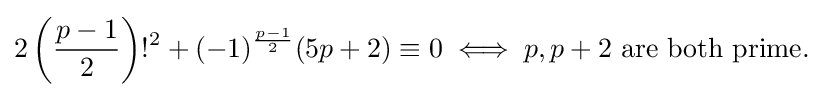
2\left({\frac {p-1}{2}}\right)!^{2}+(-1)^{\frac {p-1}{2}}(5p+2)\equiv 0\iff p,p+2{\text{ are both prime. }}